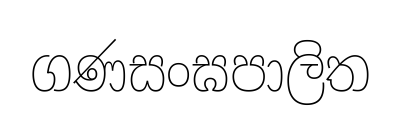
ගණසංඝපාලිත